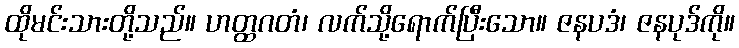
ထိုမင်းသားတို့သည်။ ဟတ္ထဂတံ၊ လက်သို့ရောက်ပြီးသော။ ဇနပဒံ၊ ဇနပုဒ်ကို။